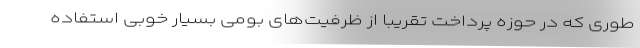
طوری که در حوزه پرداخت تقریبا از ظرفیت‌های بومی بسیار خوبی استفاده